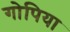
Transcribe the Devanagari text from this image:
गोपिया